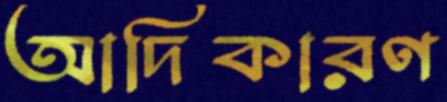
আদিকারণ